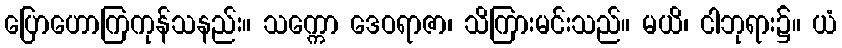
ပြောဟောကြကုန်သနည်း။ သက္ကော ဒေဝရာဇာ၊ သိကြားမင်းသည်။ မယိ၊ ငါဘုရား၌။ ယံ